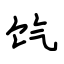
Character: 饩